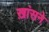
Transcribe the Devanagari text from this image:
ख़ांसने